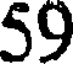
59